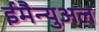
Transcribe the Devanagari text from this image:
ईमैन्युअल